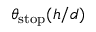
\theta _ { \mathrm { { s t o p } } } ( h / d )